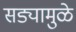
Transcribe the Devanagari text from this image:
सड्यामुळे